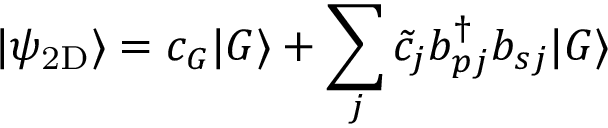
| \psi _ { \mathrm { 2 D } } \rangle = c _ { G } | G \rangle + \sum _ { j } \tilde { c } _ { j } b _ { p j } ^ { \dagger } b _ { s j } | G \rangle